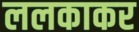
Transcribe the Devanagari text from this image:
ललकाकर